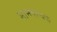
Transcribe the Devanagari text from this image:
मानवाचक